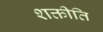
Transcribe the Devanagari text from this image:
शक्तीति